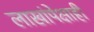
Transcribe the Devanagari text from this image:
लाखांपेक्षाही